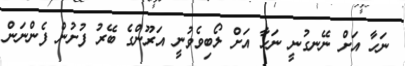
ނަހާ އަށް ނޭނގުނީ ނަހާ އަށް ލޯބިވެވުނީ އަރޫންގެ ބޭރު ފުށުން ފެންނަން